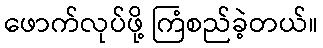
ဖောက်လုပ်ဖို့ ကြံစည်ခဲ့တယ်။